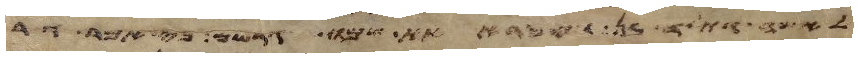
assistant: לאשה ותלד בן ויקרא את שמו גרשם כי אמר גר